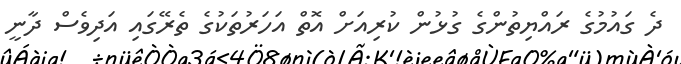
ދެ ގައުމުގެ ރައްޔިތުންގެ ގުޅުން ކުރިއަށް އޮތް އަހަރުތަކުގެ ތެރޭގައި އަދިވެސް ދާނީ